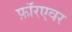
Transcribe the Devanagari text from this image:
फ़ॉरएवर